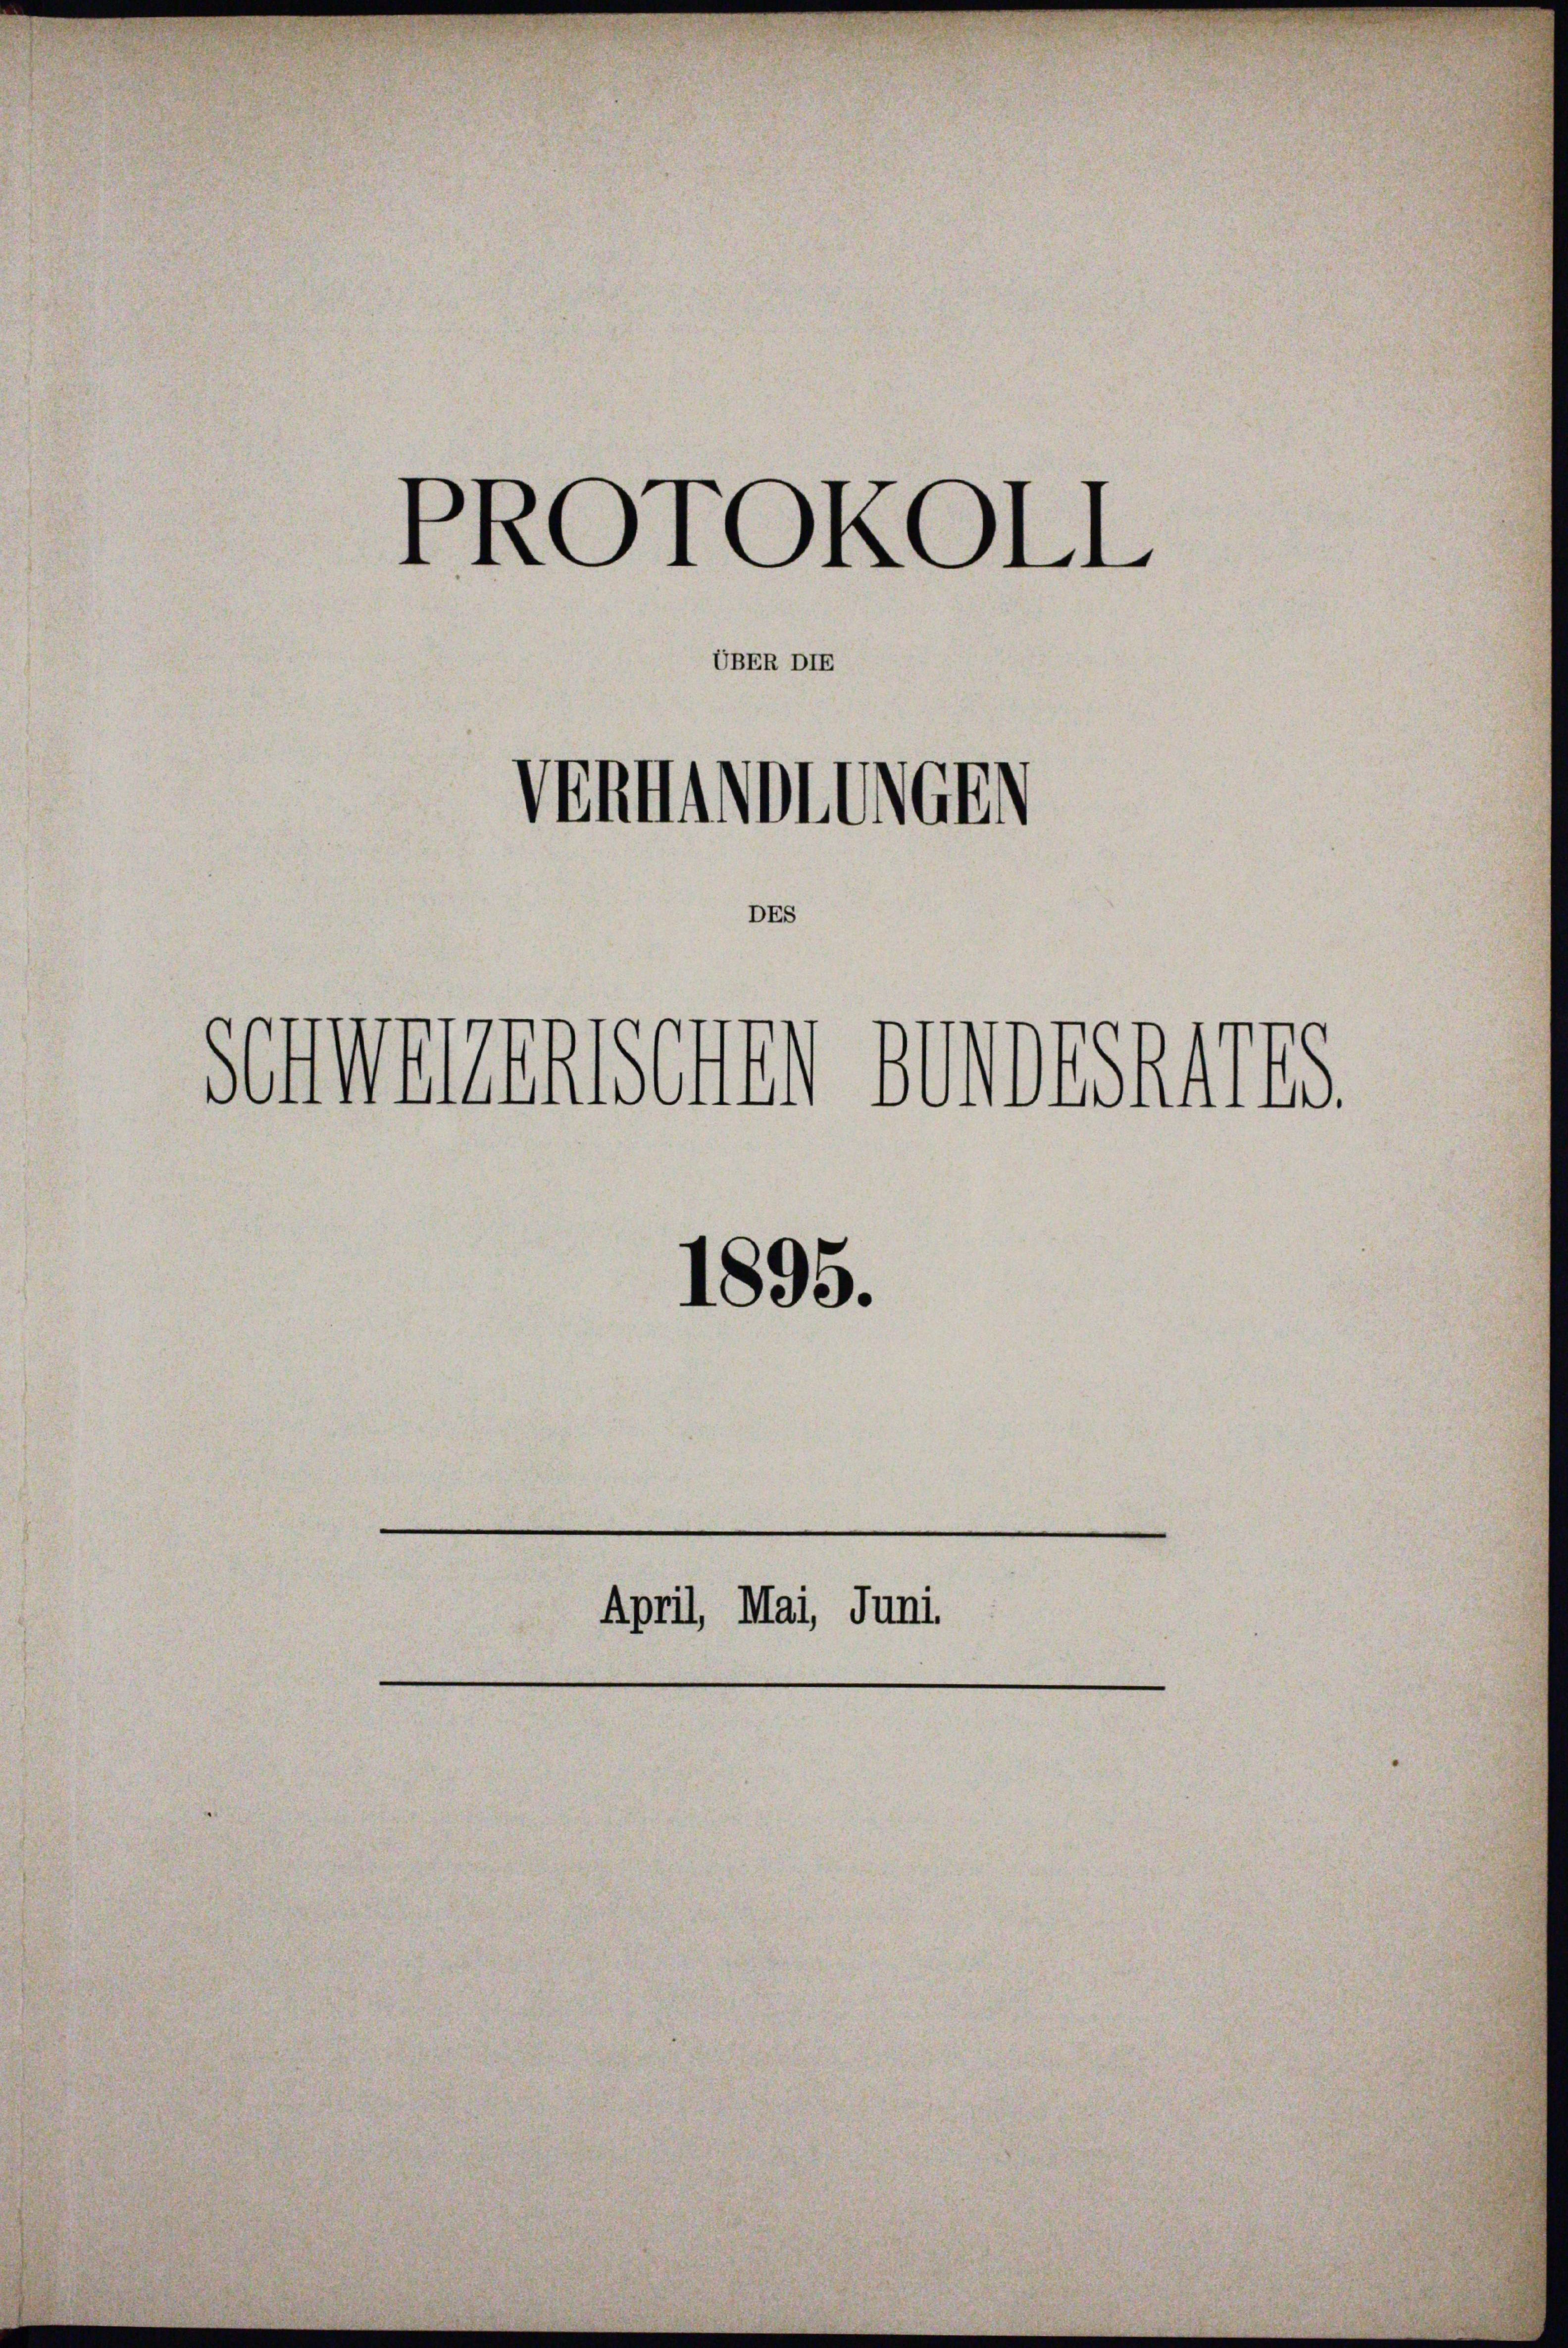
Schweren sollen deshalts.
1895.

PROTOKOLL
Venmatten

UBER DIE

DEs

April, Mai, Juni